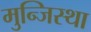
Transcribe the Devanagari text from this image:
मुन्जिस्था